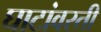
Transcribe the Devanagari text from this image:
घाटांवरती